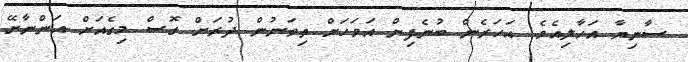
ސާނިޔާ އަހާލިއެވެ. އަހަރެން ބުނެފިން އަވަހަށް ތިތަނުން ދުރަށް ގޮސް މިގެއަށް އަންނާށޭ